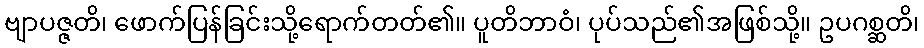
ဗျာပဇ္ဇတိ၊ ဖောက်ပြန်ခြင်းသို့ရောက်တတ်၏။ ပူတိဘာဝံ၊ ပုပ်သည်၏အဖြစ်သို့။ ဥပဂစ္ဆတိ၊